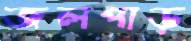
জলপাড়